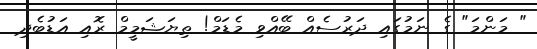
" މަންމަ" ގެ ނަމުގައި ދަރުސެއް ބޭއްވި މެޑަމް! ތިޔަޝަމީމް ރޮއި އަޑުބެދި